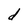
Character: d